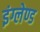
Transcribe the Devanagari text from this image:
इंग्लेण्ड